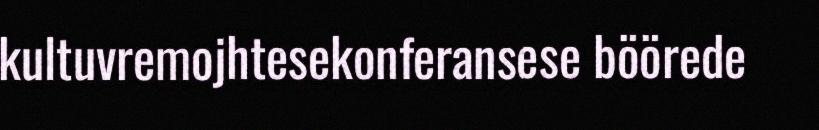
kultuvremojhtesekonferansese böörede